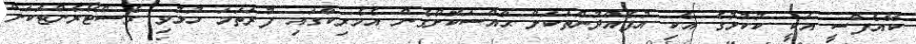
ކޭއެފްސީ އަކީ ކުކުޅުގެ އެކި އުފެއްދުންތަކަށް ޙާއްސަކޮށްގެން އެމެރިކާގައި ފުރަތަމަ ހުޅުވި ރެސްޓޯރެންޓަކަށް